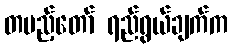
တပည့်တော် ရည်ရွယ်ချက်က